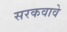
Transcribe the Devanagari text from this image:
सरकवावे